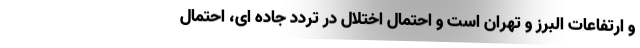
و ارتفاعات البرز و تهران است و احتمال اختلال در تردد جاده ای، احتمال